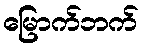
မြောက်ဘက်